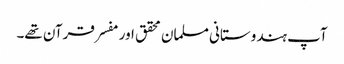
آپ ہندوستانی مسلمان محقق اور مفسر قرآن تھے۔